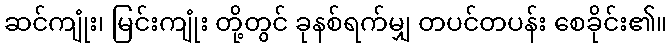
ဆင်ကျုံး၊ မြင်းကျုံး တို့တွင် ခုနစ်ရက်မျှ တပင်တပန်း စေခိုင်း၏။